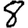
Digit: 8